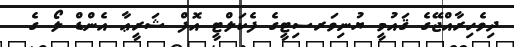
ދިވެހިރާއްޖޭގެ ޤައުމީ ޔުނިވަރސިޓީގެ ފެކަލްޓީ އޮފް ޝަރީޢާ އެންޑް ލޯ ގެ